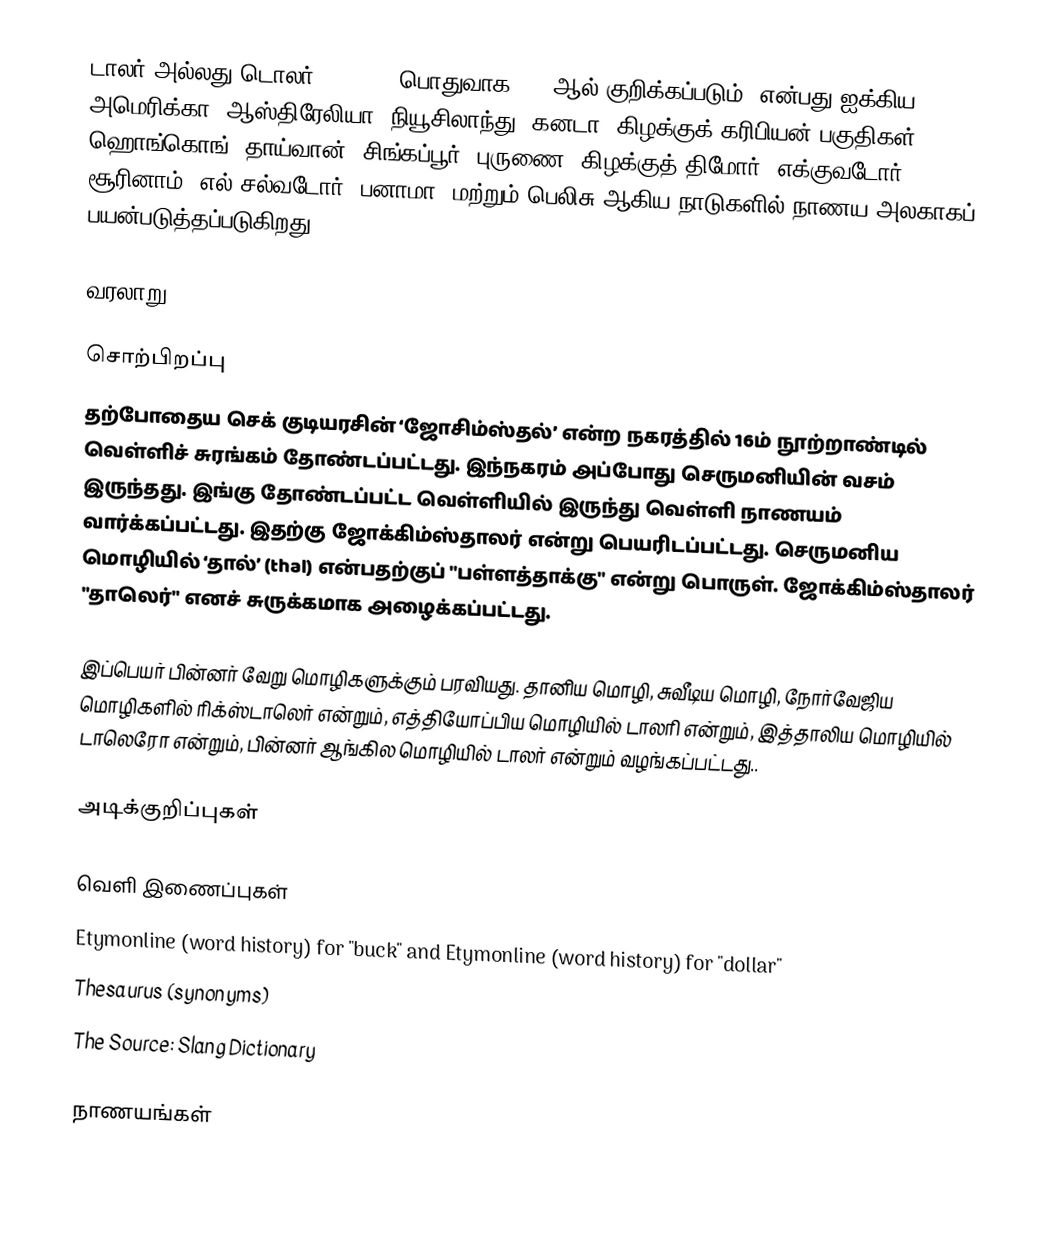
டாலர் அல்லது டொலர் (dollar, பொதுவாக "$" ஆல் குறிக்கப்படும்) என்பது ஐக்கிய அமெரிக்கா, ஆஸ்திரேலியா, நியூசிலாந்து, கனடா, கிழக்குக் கரிபியன் பகுதிகள், ஹொங்கொங், தாய்வான், சிங்கப்பூர், புருணை, கிழக்குத் திமோர், எக்குவடோர், சூரினாம், எல் சல்வடோர், பனாமா, மற்றும் பெலிசு ஆகிய நாடுகளில் நாணய அலகாகப் பயன்படுத்தப்படுகிறது.

வரலாறு

சொற்பிறப்பு
தற்போதைய செக் குடியரசின் ‘ஜோசிம்ஸ்தல்’ என்ற நகரத்தில் 16ம் நூற்றாண்டில் வெள்ளிச் சுரங்கம் தோண்டப்பட்டது. இந்நகரம் அப்போது செருமனியின் வசம் இருந்தது. இங்கு தோண்டப்பட்ட வெள்ளியில் இருந்து வெள்ளி நாணயம் வார்க்கப்பட்டது. இதற்கு ஜோக்கிம்ஸ்தாலர் என்று பெயரிடப்பட்டது. செருமனிய மொழியில் ‘தால்’ (thal) என்பதற்குப் "பள்ளத்தாக்கு" என்று பொருள். ஜோக்கிம்ஸ்தாலர் "தாலெர்" எனச் சுருக்கமாக அழைக்கப்பட்டது.

இப்பெயர் பின்னர் வேறு மொழிகளுக்கும் பரவியது. தானிய மொழி, சுவீடிய மொழி, நோர்வேஜிய மொழிகளில் ரிக்ஸ்டாலெர் என்றும், எத்தியோப்பிய மொழியில் டாலரி என்றும், இத்தாலிய மொழியில் டாலெரோ என்றும், பின்னர் ஆங்கில மொழியில் டாலர் என்றும் வழங்கப்பட்டது..

அடிக்குறிப்புகள்

வெளி இணைப்புகள்
 Etymonline (word history) for "buck" and Etymonline (word history) for "dollar"
 Thesaurus (synonyms)
 The Source: Slang Dictionary

நாணயங்கள்